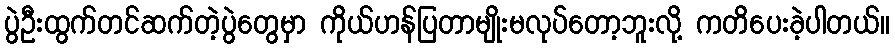
ပွဲဦးထွက်တင်ဆက်တဲ့ပွဲတွေမှာ ကိုယ်ဟန်ပြတာမျိုးမလုပ်တော့ဘူးလို့ ကတိပေးခဲ့ပါတယ်။